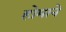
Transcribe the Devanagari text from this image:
होमाने